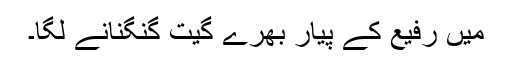
میں رفیع کے پیار بھرے گیت گنگنانے لگا۔